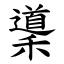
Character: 䆃